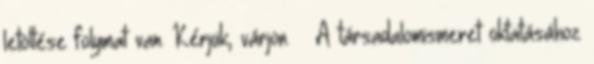
letöltése folymat van. Kérjük, várjon.  A társadalomismeret oktatásához